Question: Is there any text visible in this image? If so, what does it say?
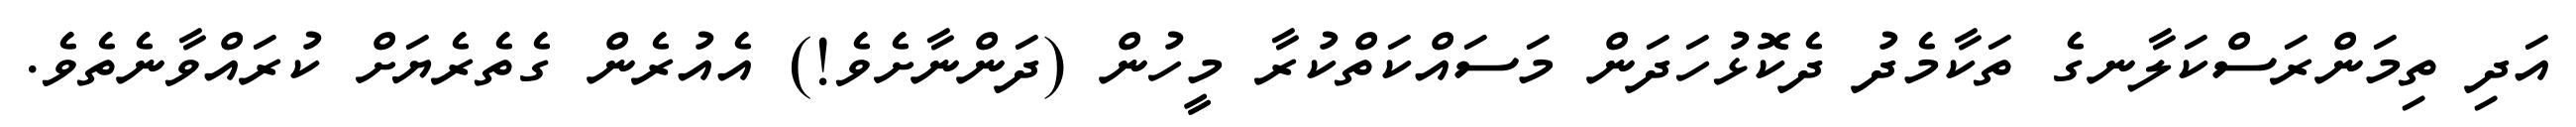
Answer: އަދި ތިމަންރަސްކަލާނގެ ތަކާމެދު ދެކޮޅުހަދަން މަސައްކަތްކުރާ މީހުން (ދަންނާށެވެ!) އެއުރެން ގެތެރެޔަށް ކުރައްވާނެތެވެ.